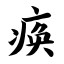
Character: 痪